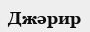
Джәрир